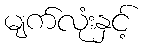
မျက်လုံးနှင့်